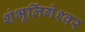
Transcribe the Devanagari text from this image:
शंभूलिंगेश्‍वर